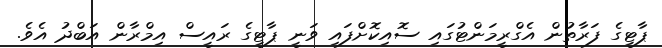
ޕާޓީގެ ފަރާތުން އެގްރީމަންޓުގައި ސޮއިކޮށްފައި ވަނީ ޕާޓީގެ ރައީސް އިމްރާން އަބްދު އެވެ.